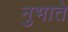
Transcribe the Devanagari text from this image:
नुभाते